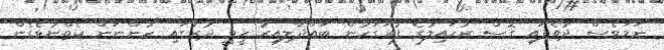
ނަމަވެސް ދުވެފައި ގޮސް ރުހައިލުގެ ފުރަގަހުން ބައްދާލިއިރު ހީވީ ދުރުގައި ހުންނަން ކެތްނުވެގެން